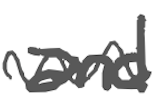
Text: and
Cross-out: wave
Writing tool: digital_gray